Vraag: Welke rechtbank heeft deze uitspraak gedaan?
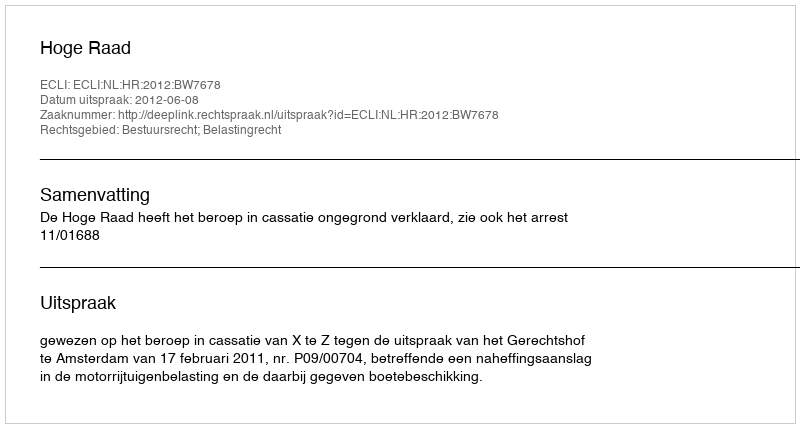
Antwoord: Hoge Raad